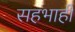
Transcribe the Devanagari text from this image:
सहभाही